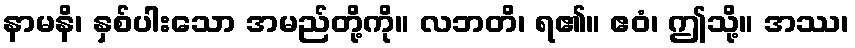
နာမနိ၊ နှစ်ပါးသော အမည်တို့ကို။ လဘတိ၊ ရ၏။ ဧဝံ၊ ဤသို့။ အဿ၊